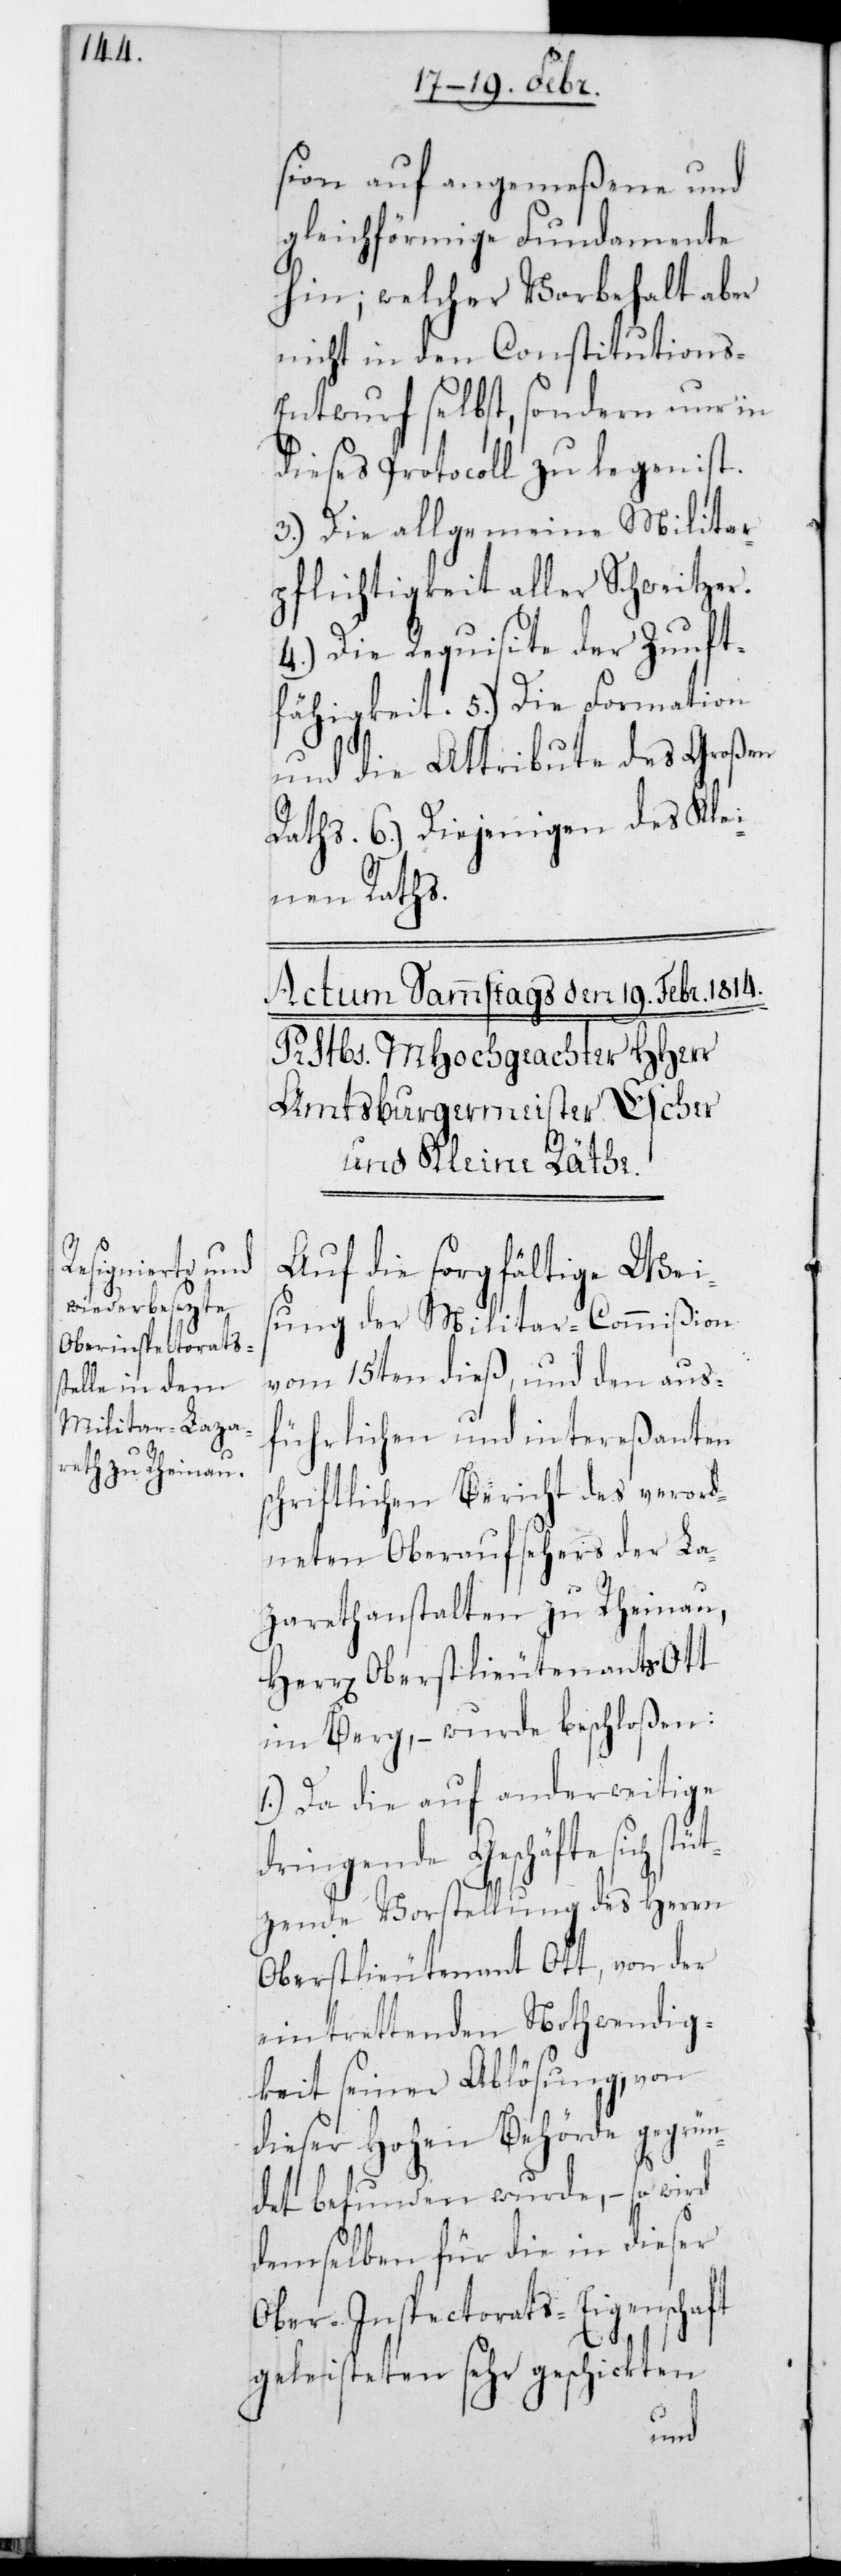
fähigkeit.

sion auf angemeßene und
gleichförmige Fundamente
hin; welcher Vorbehalt aber
nicht in den Constitutions-E¬
ntwurf selbst, sondern nur in
dieses Protocoll zu legen ist.
3.) Die allgemeine Militar¬
pflichtigkeit aller Schweitzer.
4.) Die Requisite der Zunft¬
und die Attribute des Großen
6.) Diejenigen des Klei¬
nen Raths.
Auf die sorgfältige Weis¬
ung der Militar-Commißion
vom 15ten dieß und den aus¬
führlichen und intereßanten
schriftlichen Bericht des verord¬
neten Oberaufsehers der La¬
zarethanstalten zu Rheinau;
Herrn Oberstlieutenants Ott
im Berg, – wurde beschloßen:
1.) Da die auf anderweitige
dringende Geschäfte sich stü¬
tzende Vorstellung des Herrn
Oberstlieutenant Ott, von der
eintrettenden Nothwendig¬
keit seiner Ablösung, von
dieser Hohen Behörde gegrün¬
det befunden wurde, – so wird
demselben für die in dieser
Ober-Inspectorats-Eigenschaft
geleisteten sehr geschickten